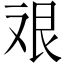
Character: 𱽇